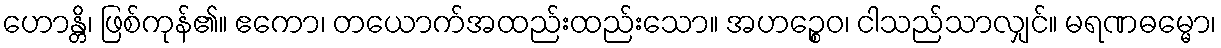
ဟောန္တိ၊ ဖြစ်ကုန်၏။ ဧကော၊ တယောက်အထည်းထည်းသော။ အဟဉ္စေဝ၊ ငါသည်သာလျှင်။ မရဏဓမ္မော၊